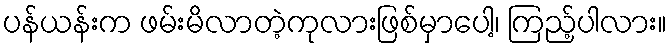
ပန်ယန်းက ဖမ်းမိလာတဲ့ကုလားဖြစ်မှာပေါ့၊ ကြည့်ပါလား။